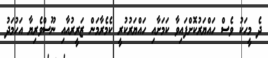
ދެ މީހަކު ވެސް ހައްޔަރުކޮށްފައިވާ ކަމަށާއި ހައްޔަރުކުރީ ކެމެރާމަން ޒަރީރުއާއި ނޫސްވެރިޔާ އަހުމަދު